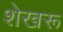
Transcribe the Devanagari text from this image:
शेखरू